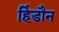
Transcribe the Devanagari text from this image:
हिंडौन